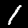
Label: 1